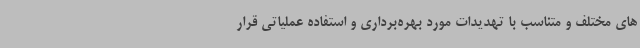
های مختلف و متناسب با تهدیدات مورد بهره‌برداری و استفاده عملیاتی قرار